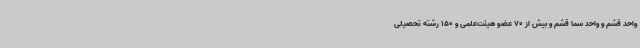
واحد قشم و واحد سما قشم و بیش از 70 عضو هیئت‌علمی و 150 رشته تحصیلی